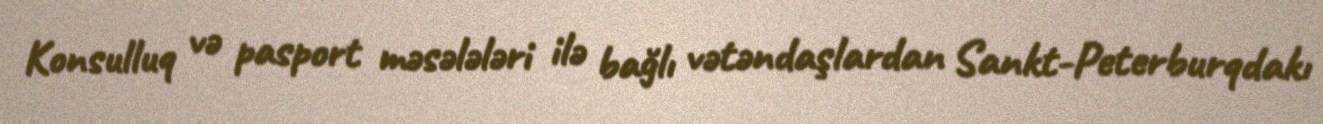
Konsulluq və pasport məsələləri ilə bağlı vətəndaşlardan Sankt-Peterburqdakı